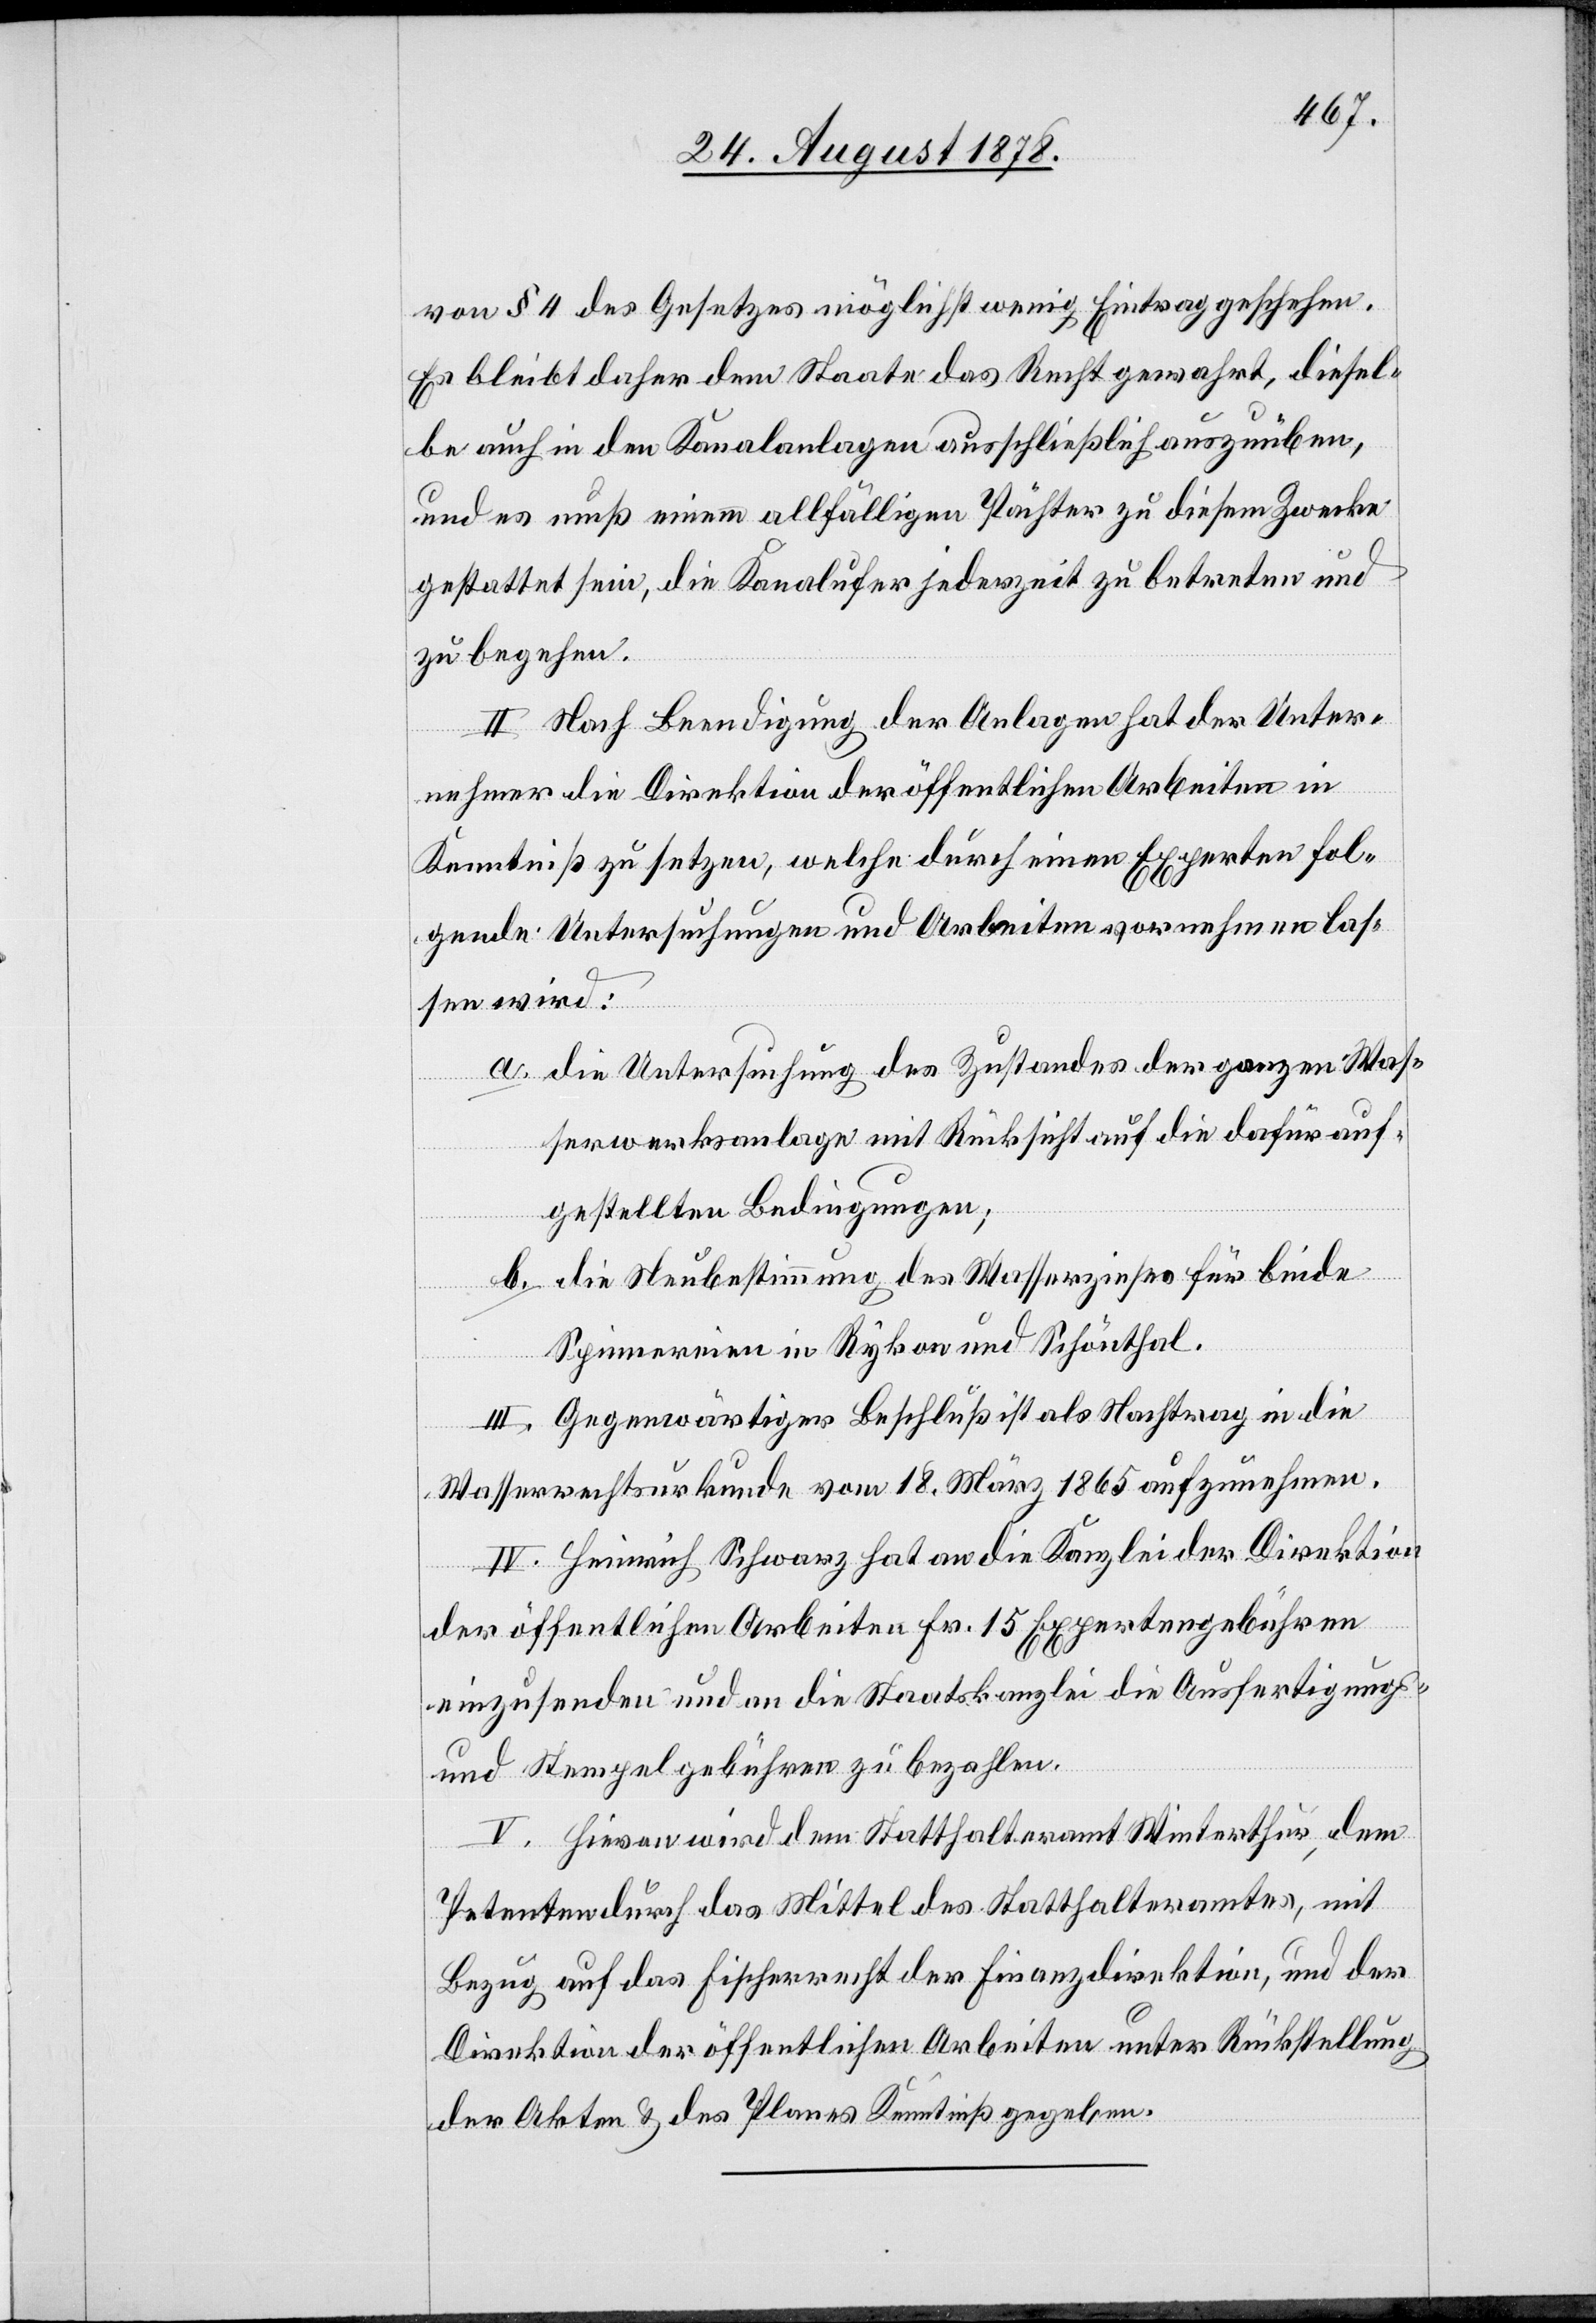
von § 4 des Gesetzes möglichst wenig Eintrag geschehen.
Es bleibt daher dem Staate das Recht gewahrt, diesel¬
be auch in den Kanalanlagen ausschließlich auszuüben,
und es muß einem allfälligen Pächter zu diesem Zwecke
gestattet sein, die Kanalufer jederzeit zu betreten und
zu begehen.
II. Nach Beendigung der Anlagen hat der Unter¬
nehmer die Direktion der öffentlichen Arbeiten in
Kenntniß zu setzen, welche durch einen Experten fol¬
gende Untersuchungen und Arbeiten vornehmen las¬
sen wird:
die Untersuchung des Zustandes der ganzen Was¬
serwerksanlage mit Rücksicht auf die dafür auf¬
gestellten Bedingungen;
die Neubestimmung des Wasserzinses für beide
Spinnereien in Rykon und Schönthal.
III. Gegenwärtiger Beschluß ist als Nachtrag in die
Wasserrechtsurkunde vom 18. März 1865 aufzunehmen.
IV. Heinrich Schwarz hat an die Kanzlei der Direktion
der öffentlichen Arbeiten Fr. 15 Expertengebühren
einzusenden und an die Staatskanzlei die Ausfertigungs-
und Stempelgebühren zu bezahlen.
V. Hievon wird dem Statthalteramt Winterthur, dem
Petenten durch das Mittel des Statthalteramtes, mit
Bezug auf Fischerrecht der Finanzdirektion, und der
Direktion der öffentlichen Arbeiten unter Rückstellung
der Akten & des Planes Kenntniß gegeben.